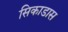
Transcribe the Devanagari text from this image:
सिकाडास